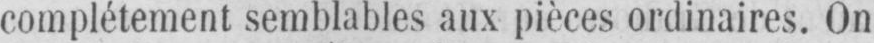
complètement semblables aux pièces ordinaires. On